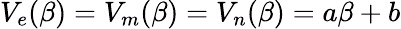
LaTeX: V_{e}(\beta)=V_{m}(\beta)=V_{n}(\beta)=a\beta+b